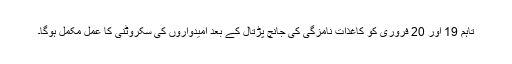
تاہم 19 اور 20 فروری کو کاغذات نامزگی کی جانچ پڑتال کے بعد امیدواروں کی سکروٹنی کا عمل مکمل ہوگا۔